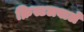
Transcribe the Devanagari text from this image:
क्रिस्टलवाले